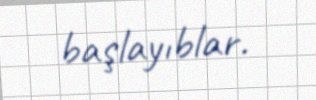
başlayıblar.